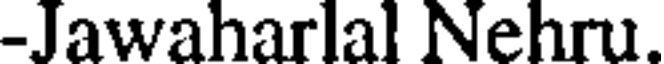
-Jawaharlal Nehru.